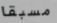
مسبقا